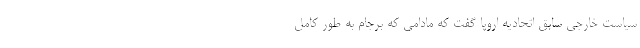
سیاست خارجی سابق اتحادیه اروپا گفت که مادامی که برجام به طور کامل